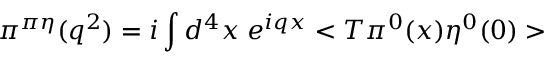
\pi ^ { \pi \eta } ( q ^ { 2 } ) = i \int d ^ { 4 } x \; e ^ { i q x } < T \pi ^ { 0 } ( x ) \eta ^ { 0 } ( 0 ) >